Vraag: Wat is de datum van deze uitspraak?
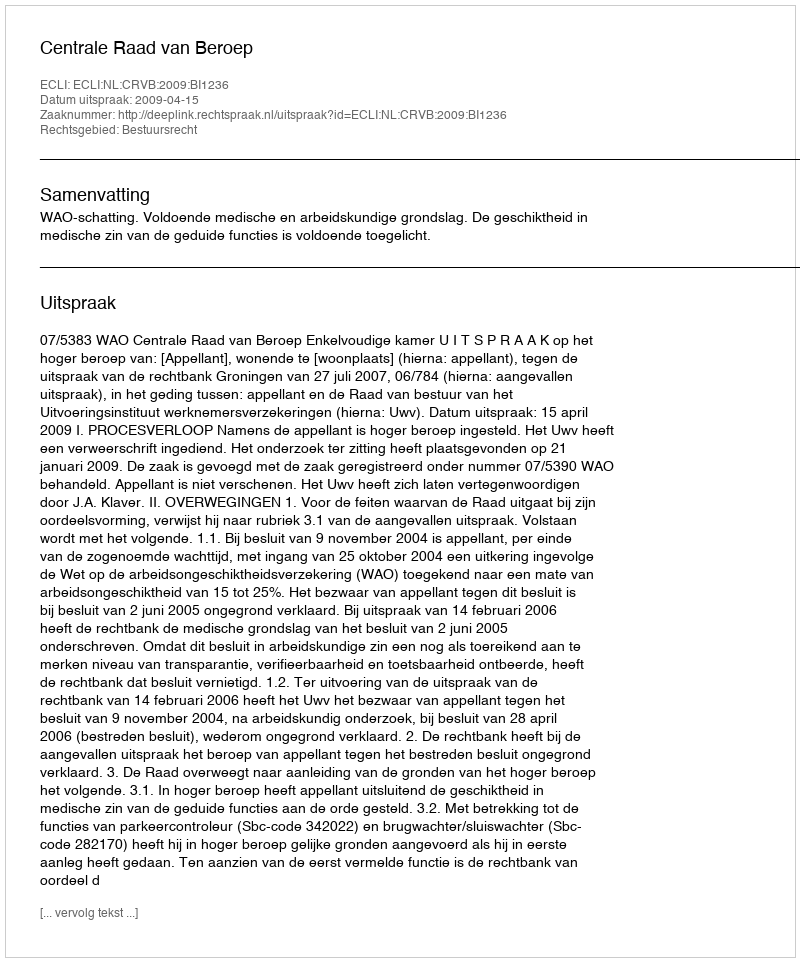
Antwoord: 2009-04-15